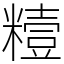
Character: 䊦